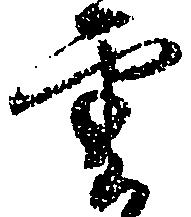
雲